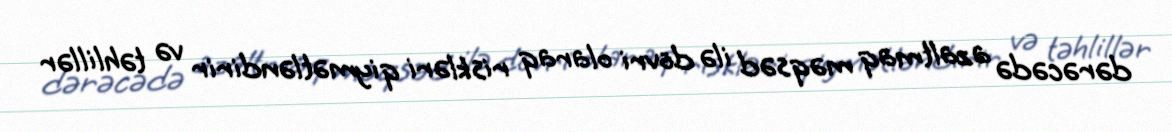
dərəcədə azaltmaq məqsəd ilə dövri olaraq riskləri qiymətləndirir və təhlillər